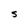
Character: S